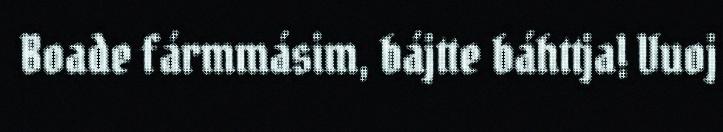
Boade fármmásim, bájtte báhttja! Vuoj